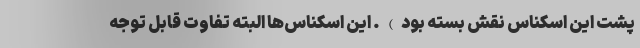
پشت این اسکناس نقش بسته بود). این اسکناس‌ها البته تفاوت قابل توجه